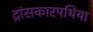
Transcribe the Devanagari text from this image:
ट्रांसकारपथिया